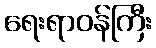
ရေးရာဝန်ကြီး